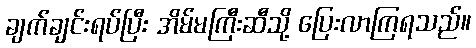
ချက်ချင်းရပ်ပြီး အိမ်မကြီးဆီသို့ ပြေးလာကြရသည်။